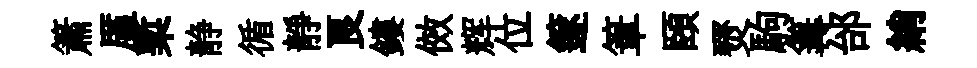
簫厪槧静循靜良鏤傚辉位篴筆頤燹駒篝邰綃